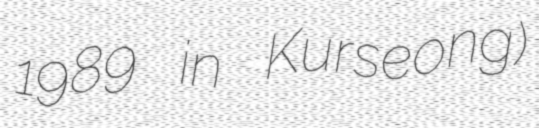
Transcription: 1989 in Kurseong)